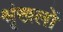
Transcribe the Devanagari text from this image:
श्रृंखलों